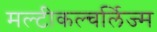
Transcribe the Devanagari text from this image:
मल्टीकल्चर्लिज्म